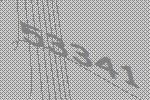
53341